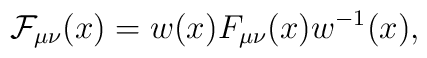
{\mathcal F_{\mu\nu}}(x)=w(x)F_{\mu\nu}(x)w^{-1}(x),